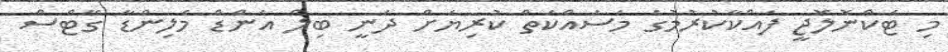
މި ޓެކްނޮލޮޖީ ފައްކާކުރުމުގެ މަސައްކަތް ކުރިޔަށް ދަނީ ބިލް އެންޑް މެލިންޑާ ގޭޓްސް